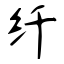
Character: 纤